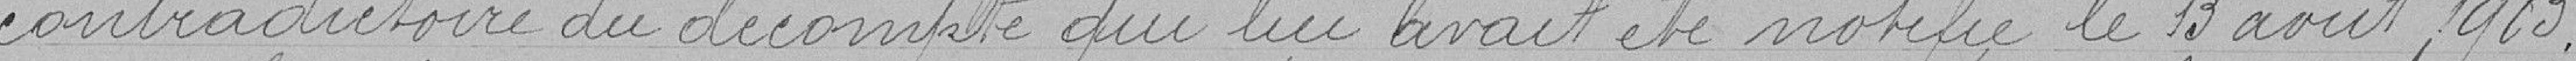
contradictoire du décompte qui lui avait été notifié le 13 août 1903